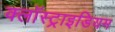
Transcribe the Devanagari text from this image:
क्लॉस्ट्राइडियम